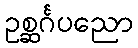
ဥစ္ဆင်္ဂပညော